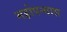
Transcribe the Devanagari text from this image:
महोपन्यास